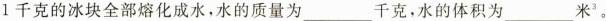
1千克的冰块全部熔化成水，水的质量为______千克，水的体积为____米”。